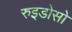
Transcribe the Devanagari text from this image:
रुइडोसो